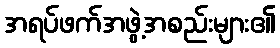
အရပ်ဖက်အဖွဲ့အစည်းများ၏